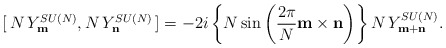
\begin{align*}[\,N\,Y^{SU(N)}_{\bf m}, N\,Y^{SU(N)}_{\bf n}\,] =-2i \left\{ N\sin\left(\frac{2\pi}{N}{\bf m\times n}\right)\right\} N\,Y^{SU(N)}_{\bf m+n}. \end{align*}